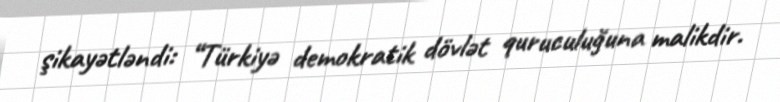
şikayətləndi: “Türkiyə demokratik dövlət quruculuğuna malikdir.